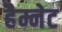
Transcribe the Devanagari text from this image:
हैम्नेट